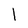
Character: l